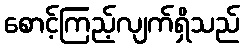
စောင့်ကြည့်လျက်ရှိသည်